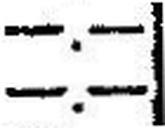
—.—